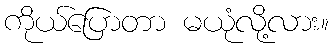
ကိုယ်ပြောတာ မယုံလို့လား။